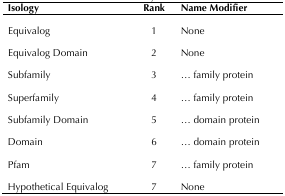
<table><thead><tr><td><b>Isology</b></td><td><b>Rank</b></td><td><b>Name Modifier</b></td></tr></thead><tbody><tr><td>Equivalog</td><td>1</td><td>None</td></tr><tr><td>Equivalog Domain</td><td>2</td><td>None</td></tr><tr><td>Subfamily</td><td>3</td><td>... family protein</td></tr><tr><td>Superfamily</td><td>4</td><td>... family protein</td></tr><tr><td>Subfamily Domain</td><td>5</td><td>... domain protein</td></tr><tr><td>Domain</td><td>6</td><td>... domain protein</td></tr><tr><td>Pfam</td><td>7</td><td>... family protein</td></tr><tr><td>Hypothetical Equivalog</td><td>7</td><td>None</td></tr></tbody></table>